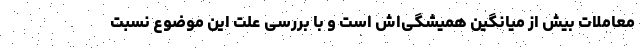
معاملات بیش از میانگین همیشگی‌اش است و با بررسی علت این موضوع نسبت